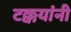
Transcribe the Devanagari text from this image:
टक्कयांनी